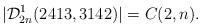
LaTeX: \begin{align*}|\mathcal{D}_{2n}^1 (2413, 3142) | = C(2,n). \end{align*}